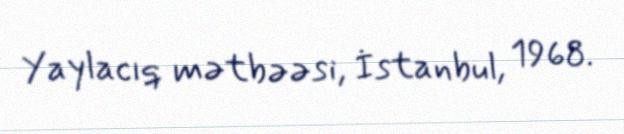
Yaylacıq mətbəəsi, İstanbul, 1968.